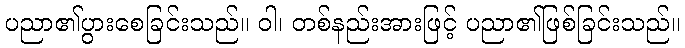
ပညာ၏ပွားစေခြင်းသည်။ ဝါ၊ တစ်နည်းအားဖြင့် ပညာ၏ဖြစ်ခြင်းသည်။